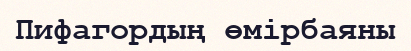
Пифагордың өмірбаяны